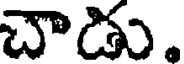
చాడు.